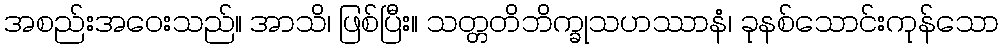
အစည်းအဝေးသည်။ အာသိ၊ ဖြစ်ပြီး။ သတ္တတိဘိက္ခုသဟဿာနံ၊ ခုနစ်သောင်းကုန်သော